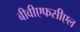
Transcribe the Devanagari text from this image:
बीवीएफसीएल